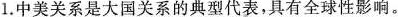
1.中美关系是大国关系的典型代表，具有全球性影响。